Vaccination in Burma 1920-1933 - 1920-1933
Year: 1920
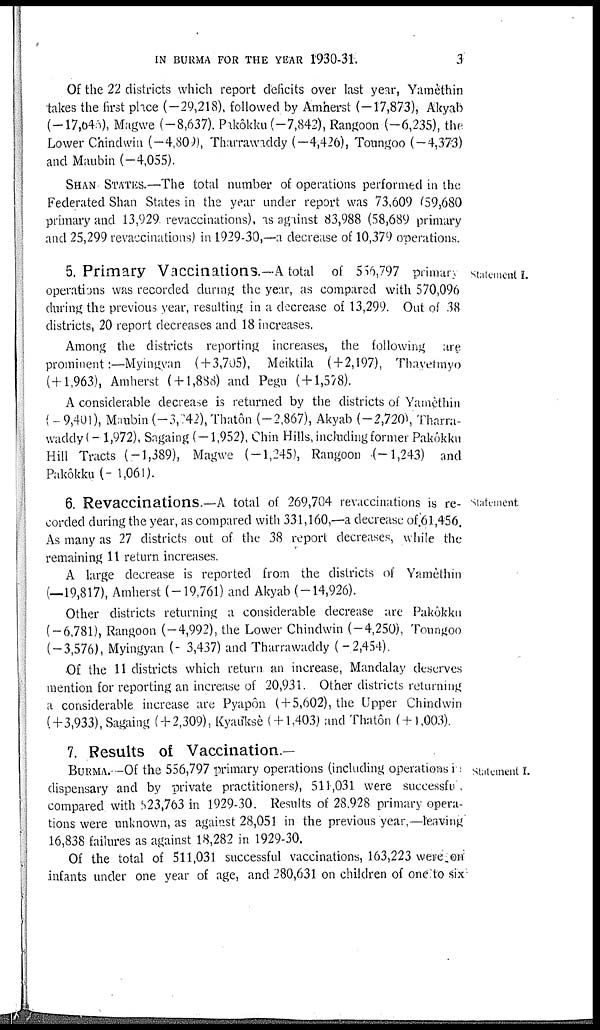
IN BURMA FOR THE YEAR 1930-31.
3
Of the 22 districts which report deficits over last year, Yamèthin
takes the first place (-29,218), followed by Amherst (-17,873), Akyab
(-17,646), Magwe (-8,637), Pakôkku (-7,842), Rangoon (-6,235), the
Lower Chindwin (-4,809), Tharrawaddy (-4,426), Toungoo (-4,373)
and Maubin (-4,055).
SHAN STATES.—The total number of operations performed in the
Federated Shan States in the year under report was 73,609 (59,680
primary and 13,929 revaccinations), as against 83,988 (58,689 primary
and 25,299 revaccinations) in 1929-30,—a decrease of 10,379 operations.
Statement I.
5. Primary Vaccinations.—A total of 556,797 primary
operations was recorded during the year, as compared with 570,096
during the previous year, resulting in a decrease of 13,299. Out of 38
districts, 20 report decreases and 18 increases.
Among the districts reporting increases, the following are
prominent:—Myingvan ( + 3,705), Meiktila (+2,197), Thavetmyo
(+1,963), Amherst ( + 1,888) and Pegu ( + 1,578).
A considerable decrease is returned by the districts of Yamèthin
( - 9,401), Maubin (-3,142), Thatôn (-2,867), Akyab (-2,720), Tharra-
waddy (- 1,972), Sagaing (-1,952), Chin Hills, including former Pakôkku
Hill Tracts (-1,389), Magwe (-1,245), Rangoon (-1,243) and
Pakôkku (-1,061).
Statement
6. Revaccinations.—A total of 269,704 revaccinations is re-
corded during the year, as compared with 331,160,—a decrease of 61,456.
As many as 27 districts out of the 38 report decreases, while the
remaining 11 return increases.
A large decrease is reported from the districts of Yamèthin
(—19,817), Amherst (-19,761) and Akyab (-14,926).
Other districts returning a considerable decrease are Pakôkku
(-6,781), Rangoon (-4,992), the Lower Chindwin (-4,250), Toungoo
(-3,576), Myingyan (- 3,437) and Tharrawaddy ( -2,454).
Of the 11 districts which return an increase, Mandalay deserves
mention for reporting an increase of 20,931. Other districts returning
a considerable increase are Pyapôn ( + 5,602), the Upper Chindwin
(+3,933), Sagaing ( + 2,309), Kyauksè ( + 1,403) and Thatôn ( + 1,003).
Statement I.
7. Results of Vaccination —
BURMA. —Of the 556,797 primary operations (including operations in
dispensary and by private practitioners), 511,031 were successful
compared with 523,763 in 1929-30. Results of 28,928 primary opera-
tions were unknown, as against 28,051 in the previous year,—leaving
16,838 failures as against 18,282 in 1929-30.
Of the total of 511,031 successful vaccinations, 163,223 were on
infants under one year of age, and 280,631 on children of one to six